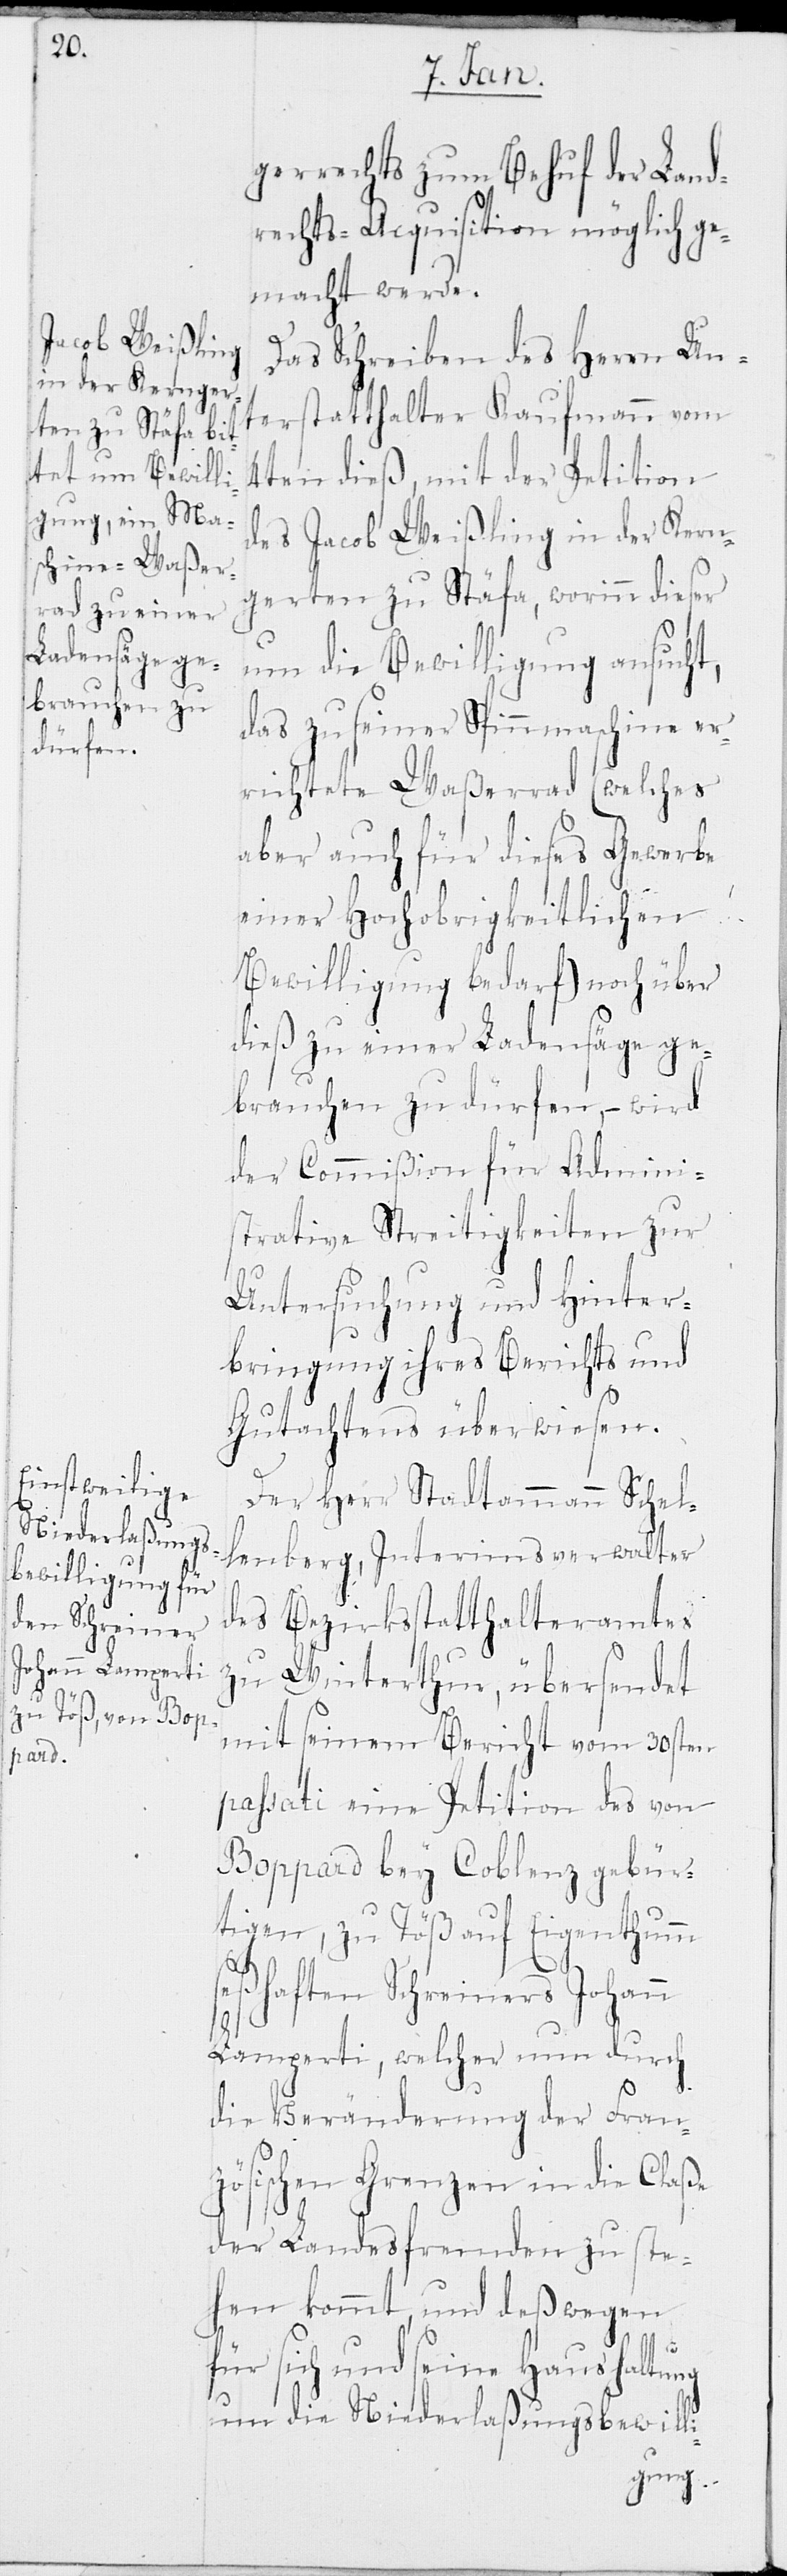
gerrechts zum Behuf der Land¬
rechts-Acquisition möglich ge¬
macht werde.
Das Schreiben des Herrn Unt¬
erstatthalter Kaufmann vom
4ten dieß, mit der Petition
des Jacob Weißling in der Kern¬
gerten zu Stäfa, worinn dieser
um die Bewilligung ansucht,
das zu seiner Spinnmaschine er¬
richtete Waßerrad (welches
aber auch für dieses Gewerbe
einer Hochobrigkeitlichen
Bewilligung bedarf) noch über
dieß zu einer Ladensäge ge¬
brauchen zu dürfen, – wird
der Commißion für Admini¬
strative Streitigkeiten zur
Untersuchung und Hinter¬
bringung ihres Berichts und
Gutachtens überwiesen.
Der Herr Stadtammann Schel¬
lenberg, Interimsverwalter
des Bezirksstatthalteramtes
zu Winterthur, übersendet
mit seinem Bericht vom 30sten
passati eine Petition des von
Boppard bey Coblenz gebür¬
tigen, zu Töß auf Eigenthumm
seßhaften Schreiners Johann
Lamperti, welcher nun durch
die Veränderung der Fran¬
zösischen Grenzen in die Claße
der Landesfremden zu ste¬
hen kommt, und deßwegen
für sich und seine Haushaltung
um die Niederlaßungsbewilli-